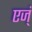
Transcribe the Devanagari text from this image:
एज्ं